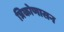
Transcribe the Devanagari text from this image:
त्रिकोणासन